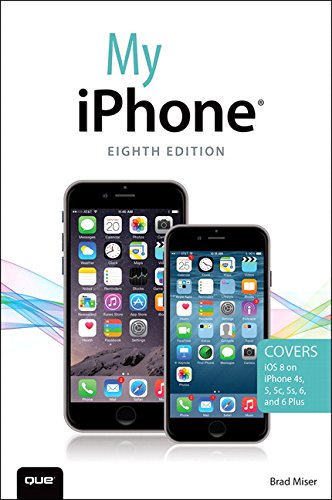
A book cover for My iPhone (Covers iOS 8 on iPhone 6/6 Plus, 5S/5C/5, and 4S) (8th Edition); Brad Miser; Computers & Technology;